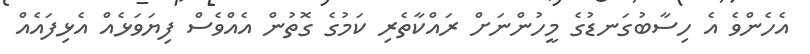
އެހެންވެ އެ ހިސާބުގަނޑުގެ މީހުންނަށް ރައްކާތެރި ކަމުގެ ގޮތުން އެއްވެސް ފިޔަވަޅެއް އެޅިފައެއް